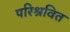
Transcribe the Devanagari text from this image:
परिश्रवित